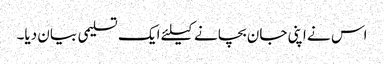
اس نے اپنی جان بچانے کیلئے ایک تسلیمی بیان دیا۔